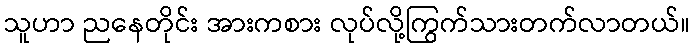
သူဟာ ညနေတိုင်း အားကစား လုပ်လို့ကြွက်သားတက်လာတယ်။